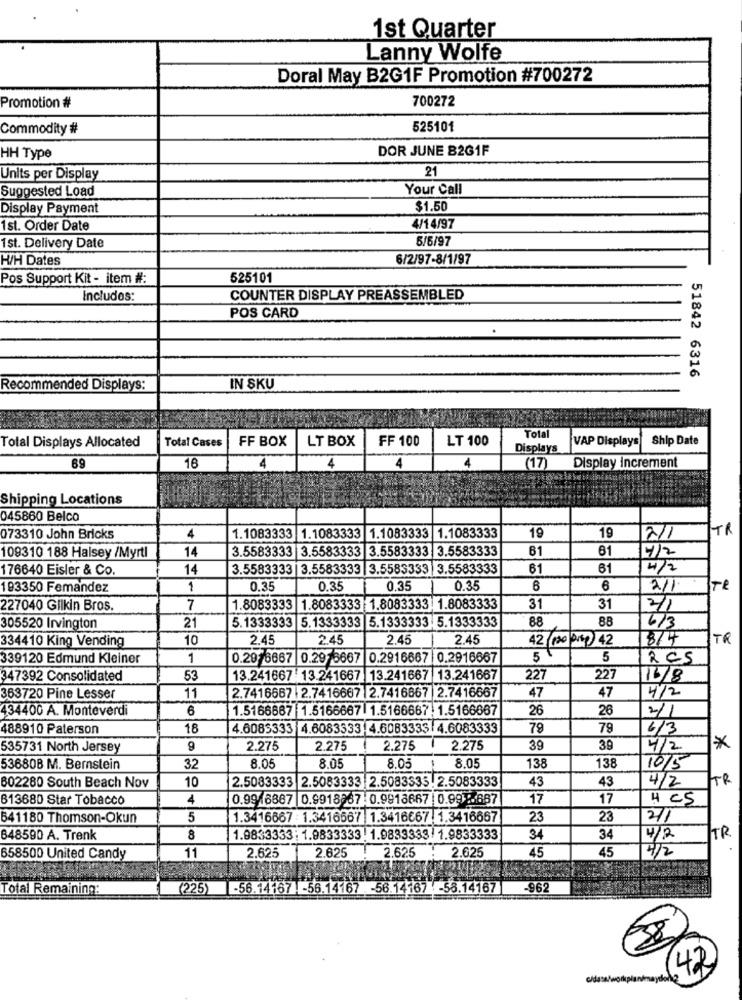
1st Quarter
Lanny Wolfe
Doral May B2G1F Promotion #700272
700272
Promotion #
Commodity #
525101
DOR JUNE 82G1F
HH Type
21
Units per Display
Suggested Load
Your Call
Display Payment
$1.50
1st. Order Date
4/14/97
5/5/97
Ist. Delivery Date
H/H Dates
6/2/97-8/1/97
Pos Support Kit - item #:
525101
Includes:
COUNTER DISPLAY PREASSEMBLED
POS CARD
51842 6316
Recommended Displays:
IN SKU
Total Cases
FF BOX
LT BOX
FF 100
LT 100
Total
VAP Displays
Ship Date
Total Displays Allocated
Displays
4
69
16
(17
Display increment
Shipping Locations
045860 Belco
TR
073310 John Bricks
4
1.1083333
1.1083333 1.1083333 1.1083333
19
19
2/1
3.5583333 3.5583333 3.5583333 3.5583333
61
61
109310 188 Halsey /Myrti
14
4/2
176640 Eisler & Co.
14
3.5583333 |3.5583333 |3.5583333 3.5583333
61
61
4/2
193350 Femandez
1
0.35
0.35
0.35
0.35
6
6
2/1.
Ire
227040 Gilkin Bros.
7
1.8083333 1.8083333 1.8083333 1.8083333
31
31
5.1333333 5.1333333 5.1333333 5.1333333
88
88
305520 Irvington
21
6/3
334410 King Vending
10
2.45
2.45
2.45
2.45
42 (120 pr) 42
8/4
TR
339120 Edmund Kleiner
1
0.2076667 0.29 5667 0.2916667 0.2916667
5 €
5
2CS
347392 Consolidated
53
13.241667 13.241667 13.241667 13.241667
227
227
16/8
47
47
4/2
363720 Pine Lesser
11
2.7416667 |2.7416667 2.7416667 2.7416667
434400 A. Monteverdi
1.5166667 1.5166667 1.5166667. 1.5166667
26
26
2/1
6
488910 Paterson
18
4.6085333 4.6083333 4.6083333 4.6083333
79
79
6/3
535731 North Jersey
9
2.275
2.275
2.275
2.275
39
39
4/2
*
138
138
53680B M. Bernstein
32
8.05
8.05
8.05
1
8.05
10/5
10
2.5083333 2.5083333 2.5083333. 2.5083333
43
43
TR
602280 South Beach Nov
4/2
813680 Star Tobacco
4
0.99 6867 0.9918267 0.9913667 0.991.687
17
17
H CS
641180 Thomson-Okun
5
1.3416867 : 1.3416667 1.3416667 . 1.3416667
23
23
2/1
648590 A. Trenk
8
1.9833333: 1.9833333 . 1.9833333 1.9833333
34
34
4/2
2/4
TR
658500 United Candy
11
2.625
2.625
2.625
:2.625
45
45
Total Remaining:
(225)
-56.14167 -56.14167 -56.14767 -58.14167|
-962
42